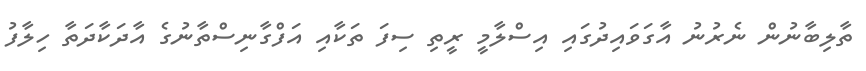
ތާލިބާނުން ނެރުނު އާގަވައިދުގައި އިސްލާމީ ރީތި ސިފަ ތަކާއި އަފްގާނިސްތާނުގެ އާދަކާދަތާ ހިލާފު